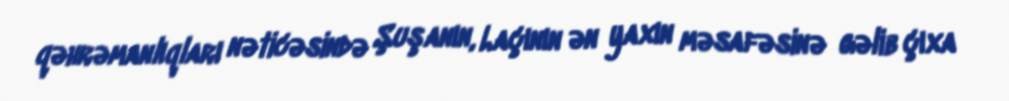
qəhrəmanlıqları nəticəsində Şuşanın, Laçının ən yaxın məsafəsinə gəlib çıxa